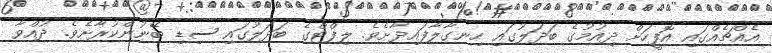
އެއްޗެއްގައި އޮފީހަށް ދިއުމުގެ ބަދަލުގައި ހިނގާލާފައިދާށެވެ. ލިފްޓްގެ ބަދަލުގައި ސިޑި ބޭނުންކުރާށެވެ. ދުއްވާ